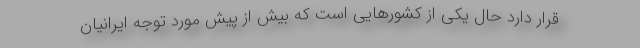
قرار دارد حال یکی از کشورهایی است که بیش از پیش مورد توجه ایرانیان